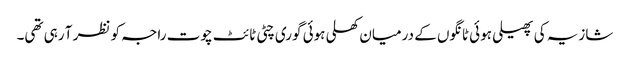
شازیہ کی پھیلی ہوئی ٹانگوں کے درمیان کھلی ہوئی گوری چٹی ٹائٹ چوت راجہ کو نظر آ رہی تھی۔